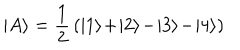
| A \rangle = \frac { 1 } { 2 } \, ( | 1 \rangle \! + \! | 2 \rangle \! - \! | 3 \rangle \! - \! | 4 \rangle )